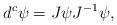
LaTeX: \begin{align*}d^c\psi = J\psi J^{-1}\psi,\end{align*}